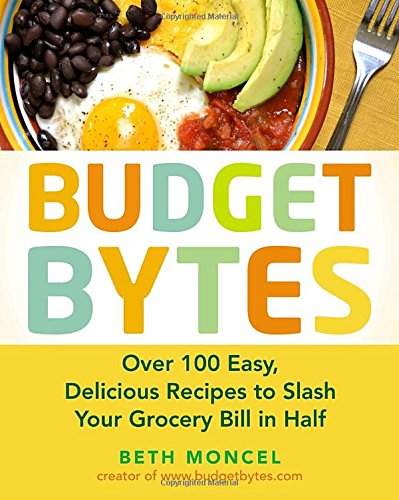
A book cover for Budget Bytes: Over 100 Easy, Delicious Recipes to Slash Your Grocery Bill in Half; Beth Moncel; Cookbooks, Food & Wine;